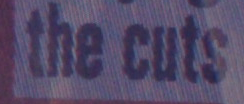
the cuts